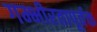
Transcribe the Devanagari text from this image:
गम्भीरतापूर्वक